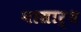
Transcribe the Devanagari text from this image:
नासार्ध